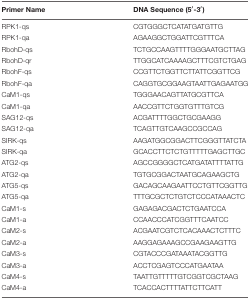
<table><thead><tr><td><b>Primer Name</b></td><td><b>DNA Sequence (5′-3′)</b></td></tr></thead><tbody><tr><td>RPK1-qs</td><td>CGTGGGCTCATATGATGTTG</td></tr><tr><td>RPK1-qa</td><td>AGAAGGCTGGATTCGTTTCA</td></tr><tr><td>RbohD-qs</td><td>TCTGCCAAGTTTTGGGAATGCTTAG</td></tr><tr><td>RbohD-qr</td><td>TTGGCATCAAAAGCTTTCGTCTGAG</td></tr><tr><td>RbohF-qs</td><td>CCGTTCTGGTTCTTATTCGGTTCG</td></tr><tr><td>RbohF-qa</td><td>CAGGTGCGGAAGTAATTGAGAATGG</td></tr><tr><td>CaM1-qs</td><td>TGGGAACAGTTATGCGTTCA</td></tr><tr><td>CaM1-qa</td><td>AACCGTTCTGGTGTTTGTCG</td></tr><tr><td>SAG12-qs</td><td>ACGATTTTGGCTGCGAAGG</td></tr><tr><td>SAG12-qa</td><td>TCAGTTGTCAAGCCGCCAG</td></tr><tr><td>SIRK-qs</td><td>AAGATGGCGGACTTCGGGTTATCTA</td></tr><tr><td>SIRK-qa</td><td>GCACCTTCTCTGTTTTTGAGCTTGC</td></tr><tr><td>ATG2-qs</td><td>AGCCGGGGCTCATGATATTTTATTG</td></tr><tr><td>ATG2-qa</td><td>TGTGCGGACTAATGCAGAAGCTG</td></tr><tr><td>ATG5-qs</td><td>GACAGCAAGAATTCCTGTTCGGTTG</td></tr><tr><td>ATG5-qa</td><td>TTTGCGCTCTGTCTCCCATAAACTC</td></tr><tr><td>CaM1-s</td><td>GAGAGACGACTCTGAATCCA</td></tr><tr><td>CaM1-a</td><td>CCAACCCATCGGTTTCAATCC</td></tr><tr><td>CaM2-s</td><td>ACGAATCGTCTCACAAACTCTTTC</td></tr><tr><td>CaM2-a</td><td>AAGGAGAAAGCCGAAGAAGTTG</td></tr><tr><td>CaM3-s</td><td>CGTACCCGATAAATACGGTTG</td></tr><tr><td>CaM3-a</td><td>ACCTCGAGTCCCATGAATAA</td></tr><tr><td>CaM4-s</td><td>TAATTGTTTTTGTCGGTCGCTAAG</td></tr><tr><td>CaM4-a</td><td>TCACCACTTTTATTCTTCATT</td></tr></tbody></table>